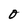
Character: O